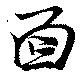
面